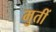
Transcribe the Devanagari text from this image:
मुतीं